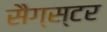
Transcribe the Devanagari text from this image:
सैग्स्टर